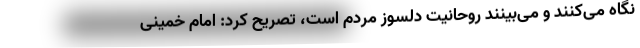
نگاه می‌کنند و می‌بینند روحانیت دلسوز مردم است، تصریح کرد: امام خمینی